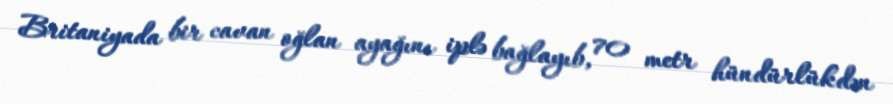
Britaniyada bir cavan oğlan ayağını iplə bağlayıb, 70 metr hündürlükdən